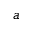
a